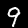
Digit: 9